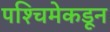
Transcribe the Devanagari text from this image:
पश्‍चिमेकडून